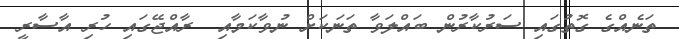
ތަނެއްގެ ގޮތުގައި ސަރުކާރުން ބައްލަވާ ތަނަކަށް ނުވާކަމާއި  ރާއްޖޭގައި ހުރި އާސާރީ